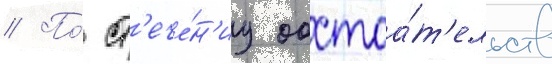
// По́ ст'ече́н'иу обстоа́т'ельств